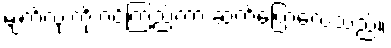
မျက်လုံးကို ဝင့်ကြည့်ကာ ဆက်ပြောလေသည်။